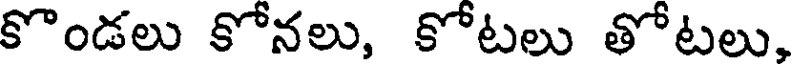
కొండలు కోనలు, కోటలు తోటలు,